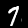
Digit: 7